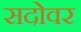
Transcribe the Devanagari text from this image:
सदोवर